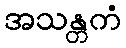
အသန္တကံ